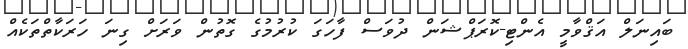
ބައިނަލް އަޤްވާމީ އެންޓި-ކޮރަޕްޝަން ދުވަސް ފާހަގަ ކުރުމުގެ ގޮތުން ވަރަށް ގިނަ ހަރަކާތްތަކެއް